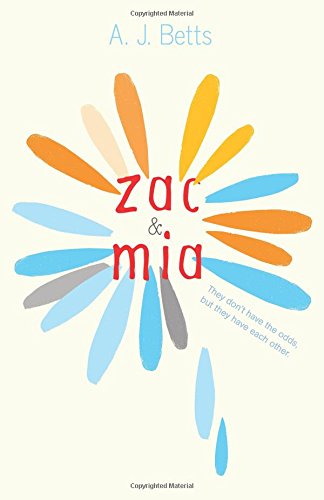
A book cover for Zac and Mia; A. J. Betts; Teen & Young Adult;